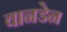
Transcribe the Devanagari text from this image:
वानडेन